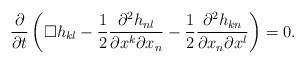
LaTeX: \begin{align*} \frac{\partial}{\partial t} \left( \Box h_{kl} - \frac{1}{2} \frac{\partial^2 h_{nl}}{\partial x^k \partial x_n} - \frac{1}{2} \frac{\partial^2 h_{kn}}{\partial x_n \partial x^l} \right) = 0 .\end{align*}